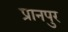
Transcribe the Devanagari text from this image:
प्रानपुर